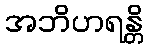
အဘိဟရန္တိ